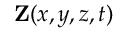
{ \mathbf Z ( x , y , z , t ) }